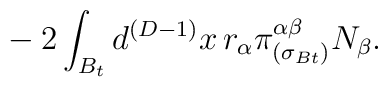
~~~~~~~~~~~~~~~-2 \int_{B_t} d^{(D-1)}x\, r_\alpha\pi^{\alpha\beta}_{(\sigma_{Bt})} N_\beta.